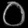
Digit: ၀